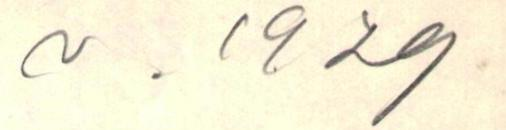
v. 1929